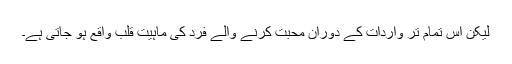
لیکن اس تمام تر واردات کے دوران محبت کرنے والے فرد کی ماہیٔت قلب واقع ہو جاتی ہے۔